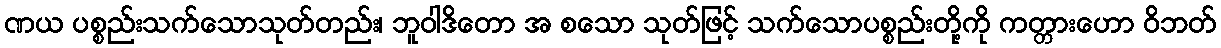
ဏယ ပစ္စည်းသက်သောသုတ်တည်း၊ ဘူဝါဒိတော အ စသော သုတ်ဖြင့် သက်သောပစ္စည်းတို့ကို ကတ္တားဟော ဝိဘတ်